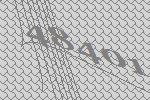
48401